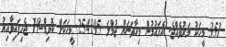
351 މީހަކު މަރުވެއްޖެ. އެޤައުމުން މިހާތަނަށް ޖުމްލަ 254195 މީހަކަށް ކޮވިޑް-19 ޖެހިފައިވާއިރު